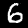
Label: 6